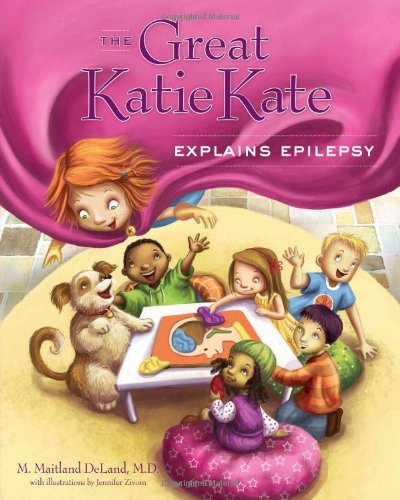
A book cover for The Great Katie Kate Explains Epilepsy; M. Maitland DeLand; Health, Fitness & Dieting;